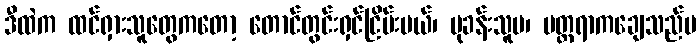
ဒီထဲက ထင်ရှားသူတွေကတော့ တောင်တွင်းရှင်ငြိမ်းမယ်၊ ပုခန်းသူမ၊ မတ္တရာကချေသည်မ